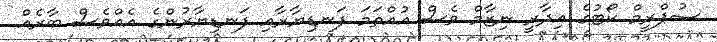
ސުޕްރީމް ކޯޓުގެ އިދާރީ ނިޒާމް ވެސް އުއްތަމަ ފަނޑިޔާރާއި ފަނޑިޔާރުންގެ އެއްވެސް ބާރެއް